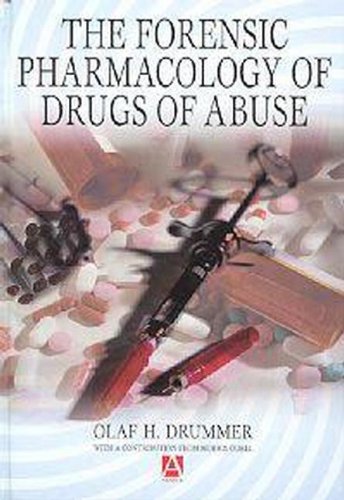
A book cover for The Forensic Pharmacology of Drugs of Abuse; Olaf Drummer; Medical Books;